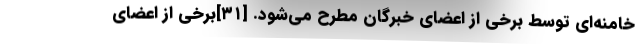
خامنه‌ای توسط برخی از اعضای خبرگان مطرح می‌شود. [۳۱]برخی از اعضای